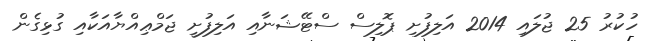
ހުކުރު 25 ޖުލައި 2014 އަލިފުށި ޕޮލިސް ސްޓޭޝަނާއި އަލިފުށީ ޖަމްޢިއްޔާއަކާއި ގުޅިގެން